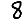
Digit: 8